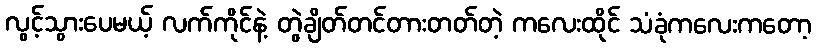
လွင့်သွားပေမယ့် လက်ကိုင်နဲ့ တွဲချိတ်တင်တားတတ်တဲ့ ကလေးထိုင် သံခုံကလေးကတော့